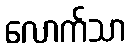
လောက်သာ